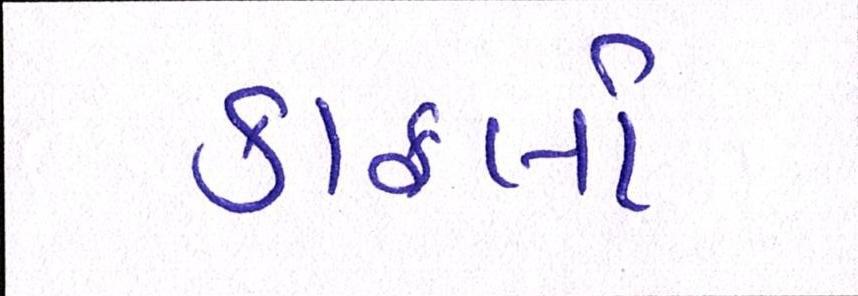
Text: કાફલો